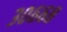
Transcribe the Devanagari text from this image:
३०६६८